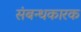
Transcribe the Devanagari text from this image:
संबन्धकारक